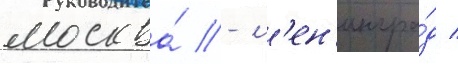
москва́ - л'ен'ингра́д /